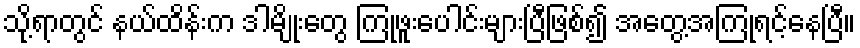
သို့ရာတွင် နယ်ထိန်းက ဒါမျိုးတွေ ကြုံဖူးပေါင်းများပြီဖြစ်၍ အတွေ့အကြုံရင့်နေပြီ။